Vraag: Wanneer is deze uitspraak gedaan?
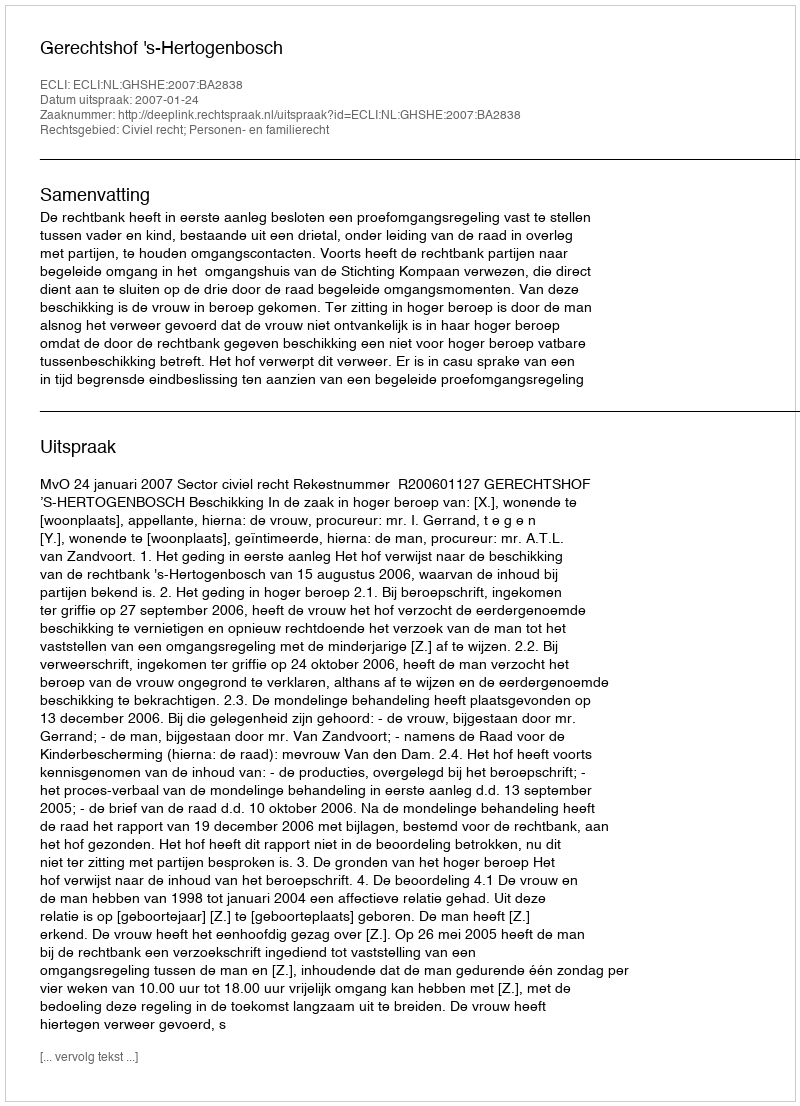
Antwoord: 2007-01-24